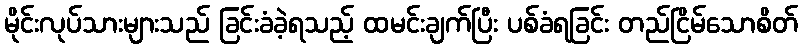
မိုင်းလုပ်သားများသည် ခြင်းခံခဲ့ရသည့် ထမင်းချက်ပြီး ပစ်ခံရခြင်း တည်ငြိမ်သောစိတ်